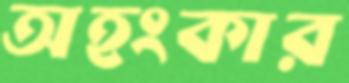
অহংকার